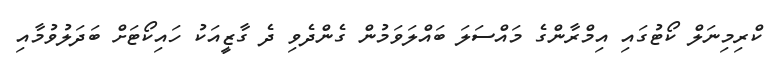
ކްރިމިނަލް ކޯޓުގައި އިމްރާންގެ މައްސަލަ ބައްލަވަމުން ގެންދެވި ދެ ގާޒީއަކު ހައިކޯޓަށް ބަދަލުވުމާއި